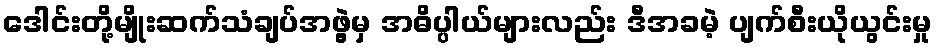
ဒေါင်းတို့မျိုးဆက်သံချပ်အဖွဲ့မှ အဓိပ္ပါယ်များလည်း ဒီအခမဲ့ ပျက်စီးယိုယွင်းမှု